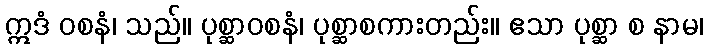
ဣဒံ ဝစနံ၊ သည်။ ပုစ္ဆာဝစနံ၊ ပုစ္ဆာစကားတည်း။ ဧသာ ပုစ္ဆာ စ နာမ၊